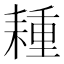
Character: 𦔉